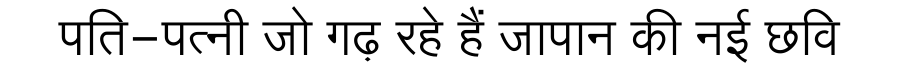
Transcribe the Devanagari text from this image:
पति-पत्नी जो गढ़ रहे हैं जापान की नई छवि